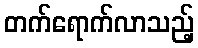
တက်ရောက်လာသည့်